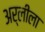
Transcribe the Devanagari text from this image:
अर्लीला